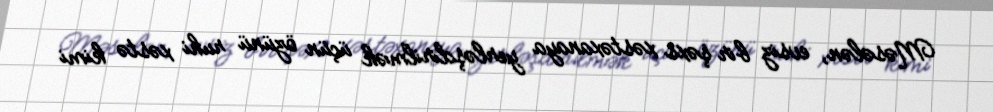
Məsələn, evsiz bir şəxs xəstəxanaya yerləşdirilmək üçün özünü ruhi xəstə kimi